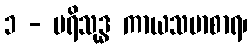
၁ - ပရိသုဒ္ဓ ကာယသမာစာရ၊